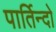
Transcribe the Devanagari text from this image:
पार्तिन्दो